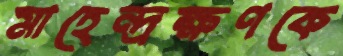
মাহেন্দ্রক্ষণকে